画像に写った文字を読んでください
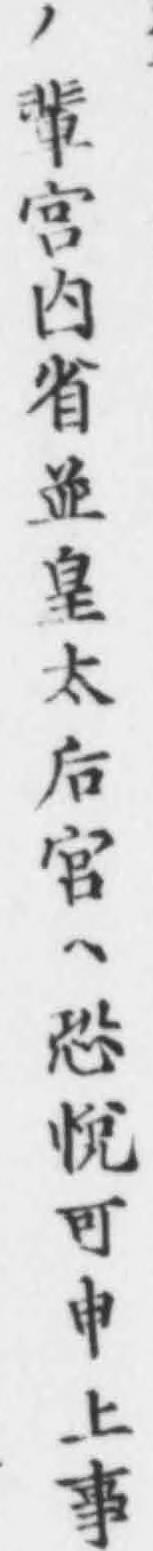
「ノ輩宮内省並皇太后宮ヘ恐悅可申上事」と書いてあります